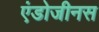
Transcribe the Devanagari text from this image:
एंडोजीनस